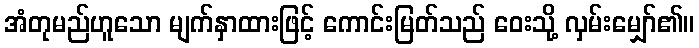
အံတုမည်ဟူသော မျက်နှာထားဖြင့် ကောင်းမြတ်သည် ဝေးသို့ လှမ်းမျှော်၏။